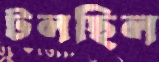
টলছিল